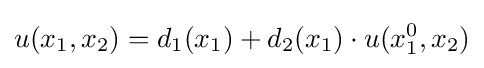
u(x_{1},x_{2})=d_{1}(x_{1})+d_{2}(x_{1})\cdot u(x_{1}^{0},x_{2})